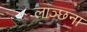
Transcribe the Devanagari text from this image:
लाञ्छना